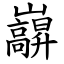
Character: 巐